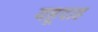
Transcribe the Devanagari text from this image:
यहूदाह